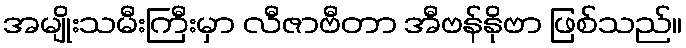
အမျိုးသမီးကြီးမှာ လီဇာဗီတာ အီဗန်နိုဗာ ဖြစ်သည်။